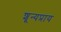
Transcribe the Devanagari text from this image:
शून्यप्राय